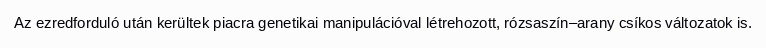
Az ezredforduló után kerültek piacra genetikai manipulációval létrehozott, rózsaszín–arany csíkos változatok is.